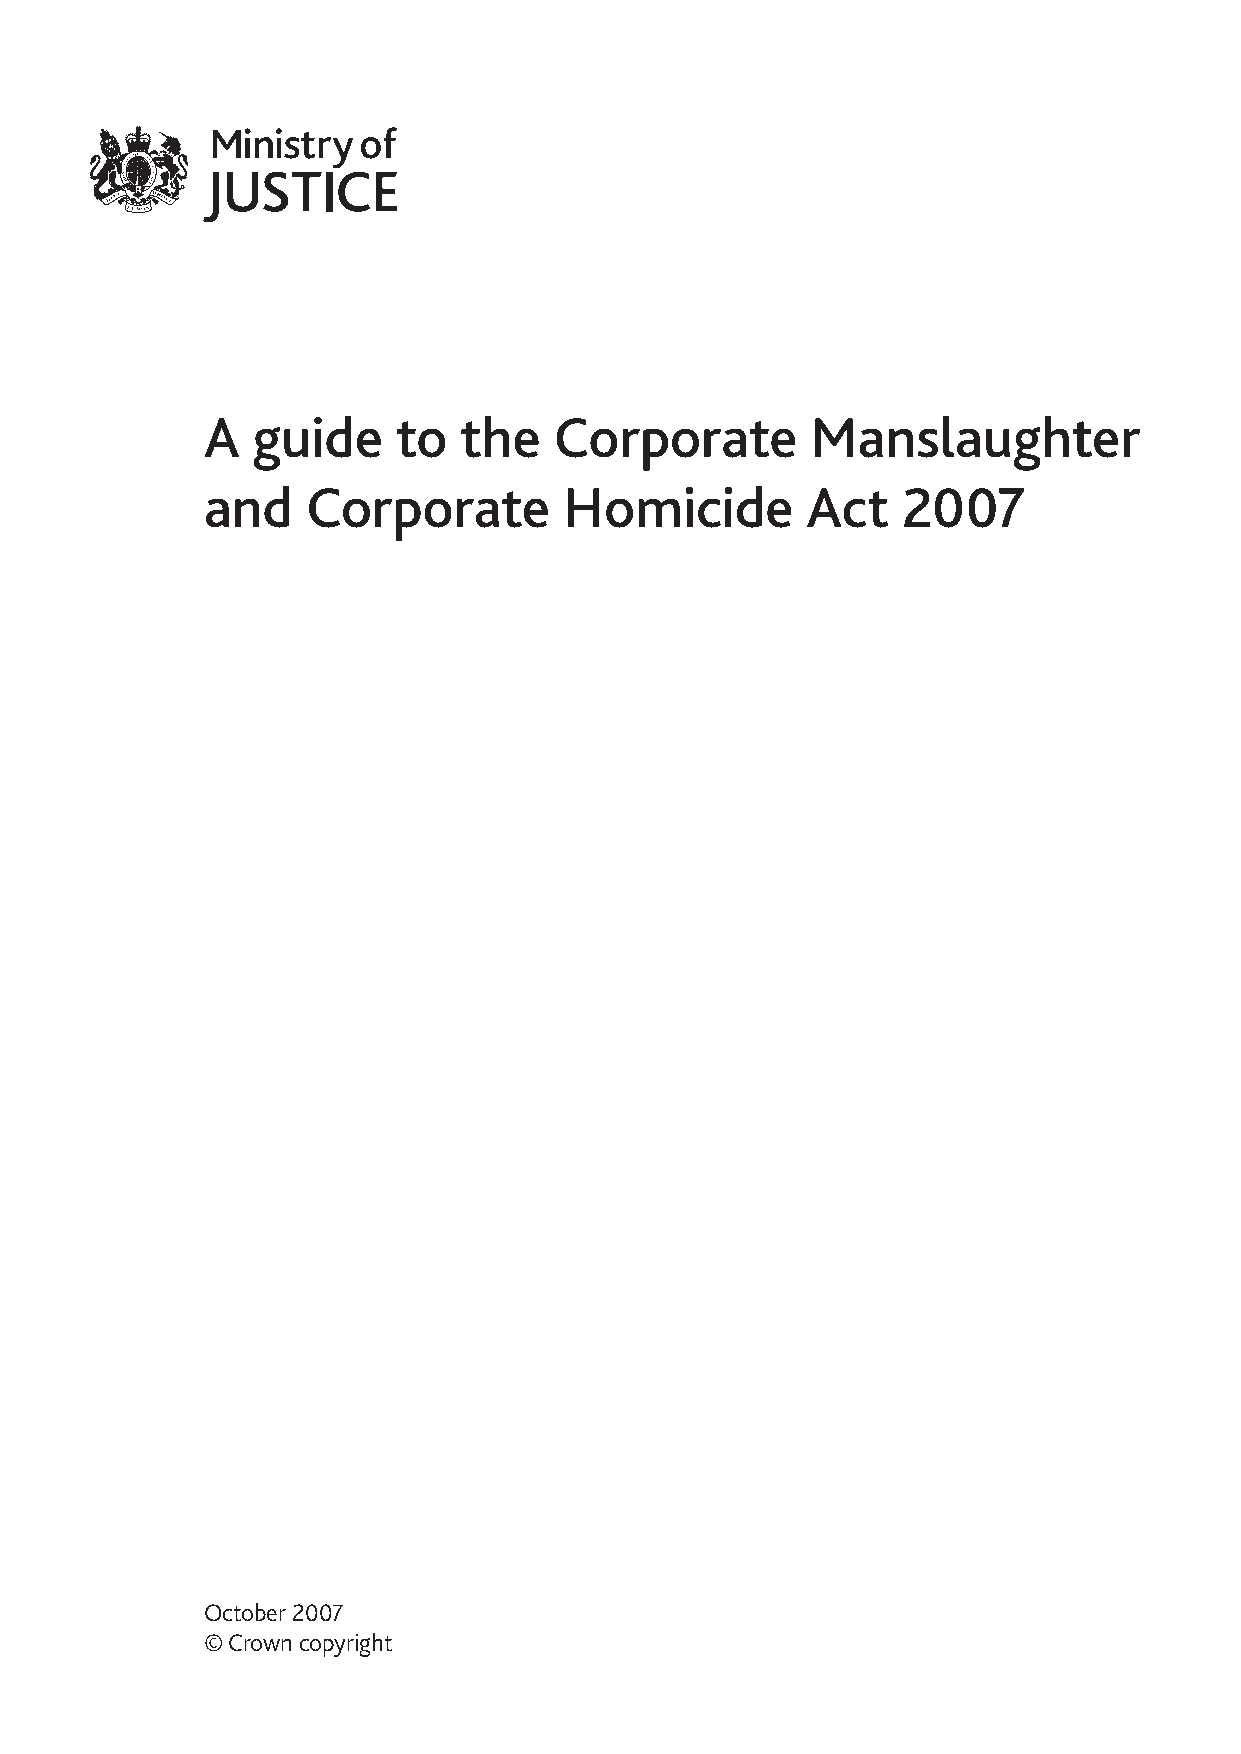
A   guide    to  the    Corporate        Manslaughter
 and    Corporate        Homicide        Act    2007
 October 2007
 © Crown copyright